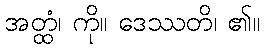
အတ္ထံ၊ ကို။ ဒေဿတိ၊ ၏။